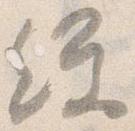
経